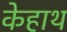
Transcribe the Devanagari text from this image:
केहाथ